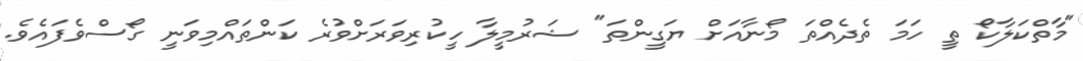
"މާތްކަލާކޯ ތީ ހަމަ ތެދެއްތަ މޯނާއަށް ޔަގީންތަ" ޝަރުމީލާ ހީކުރިވަރަށްވުރެ ކަންތައްމިވަނީ ގޯސްވެފައެވެ.